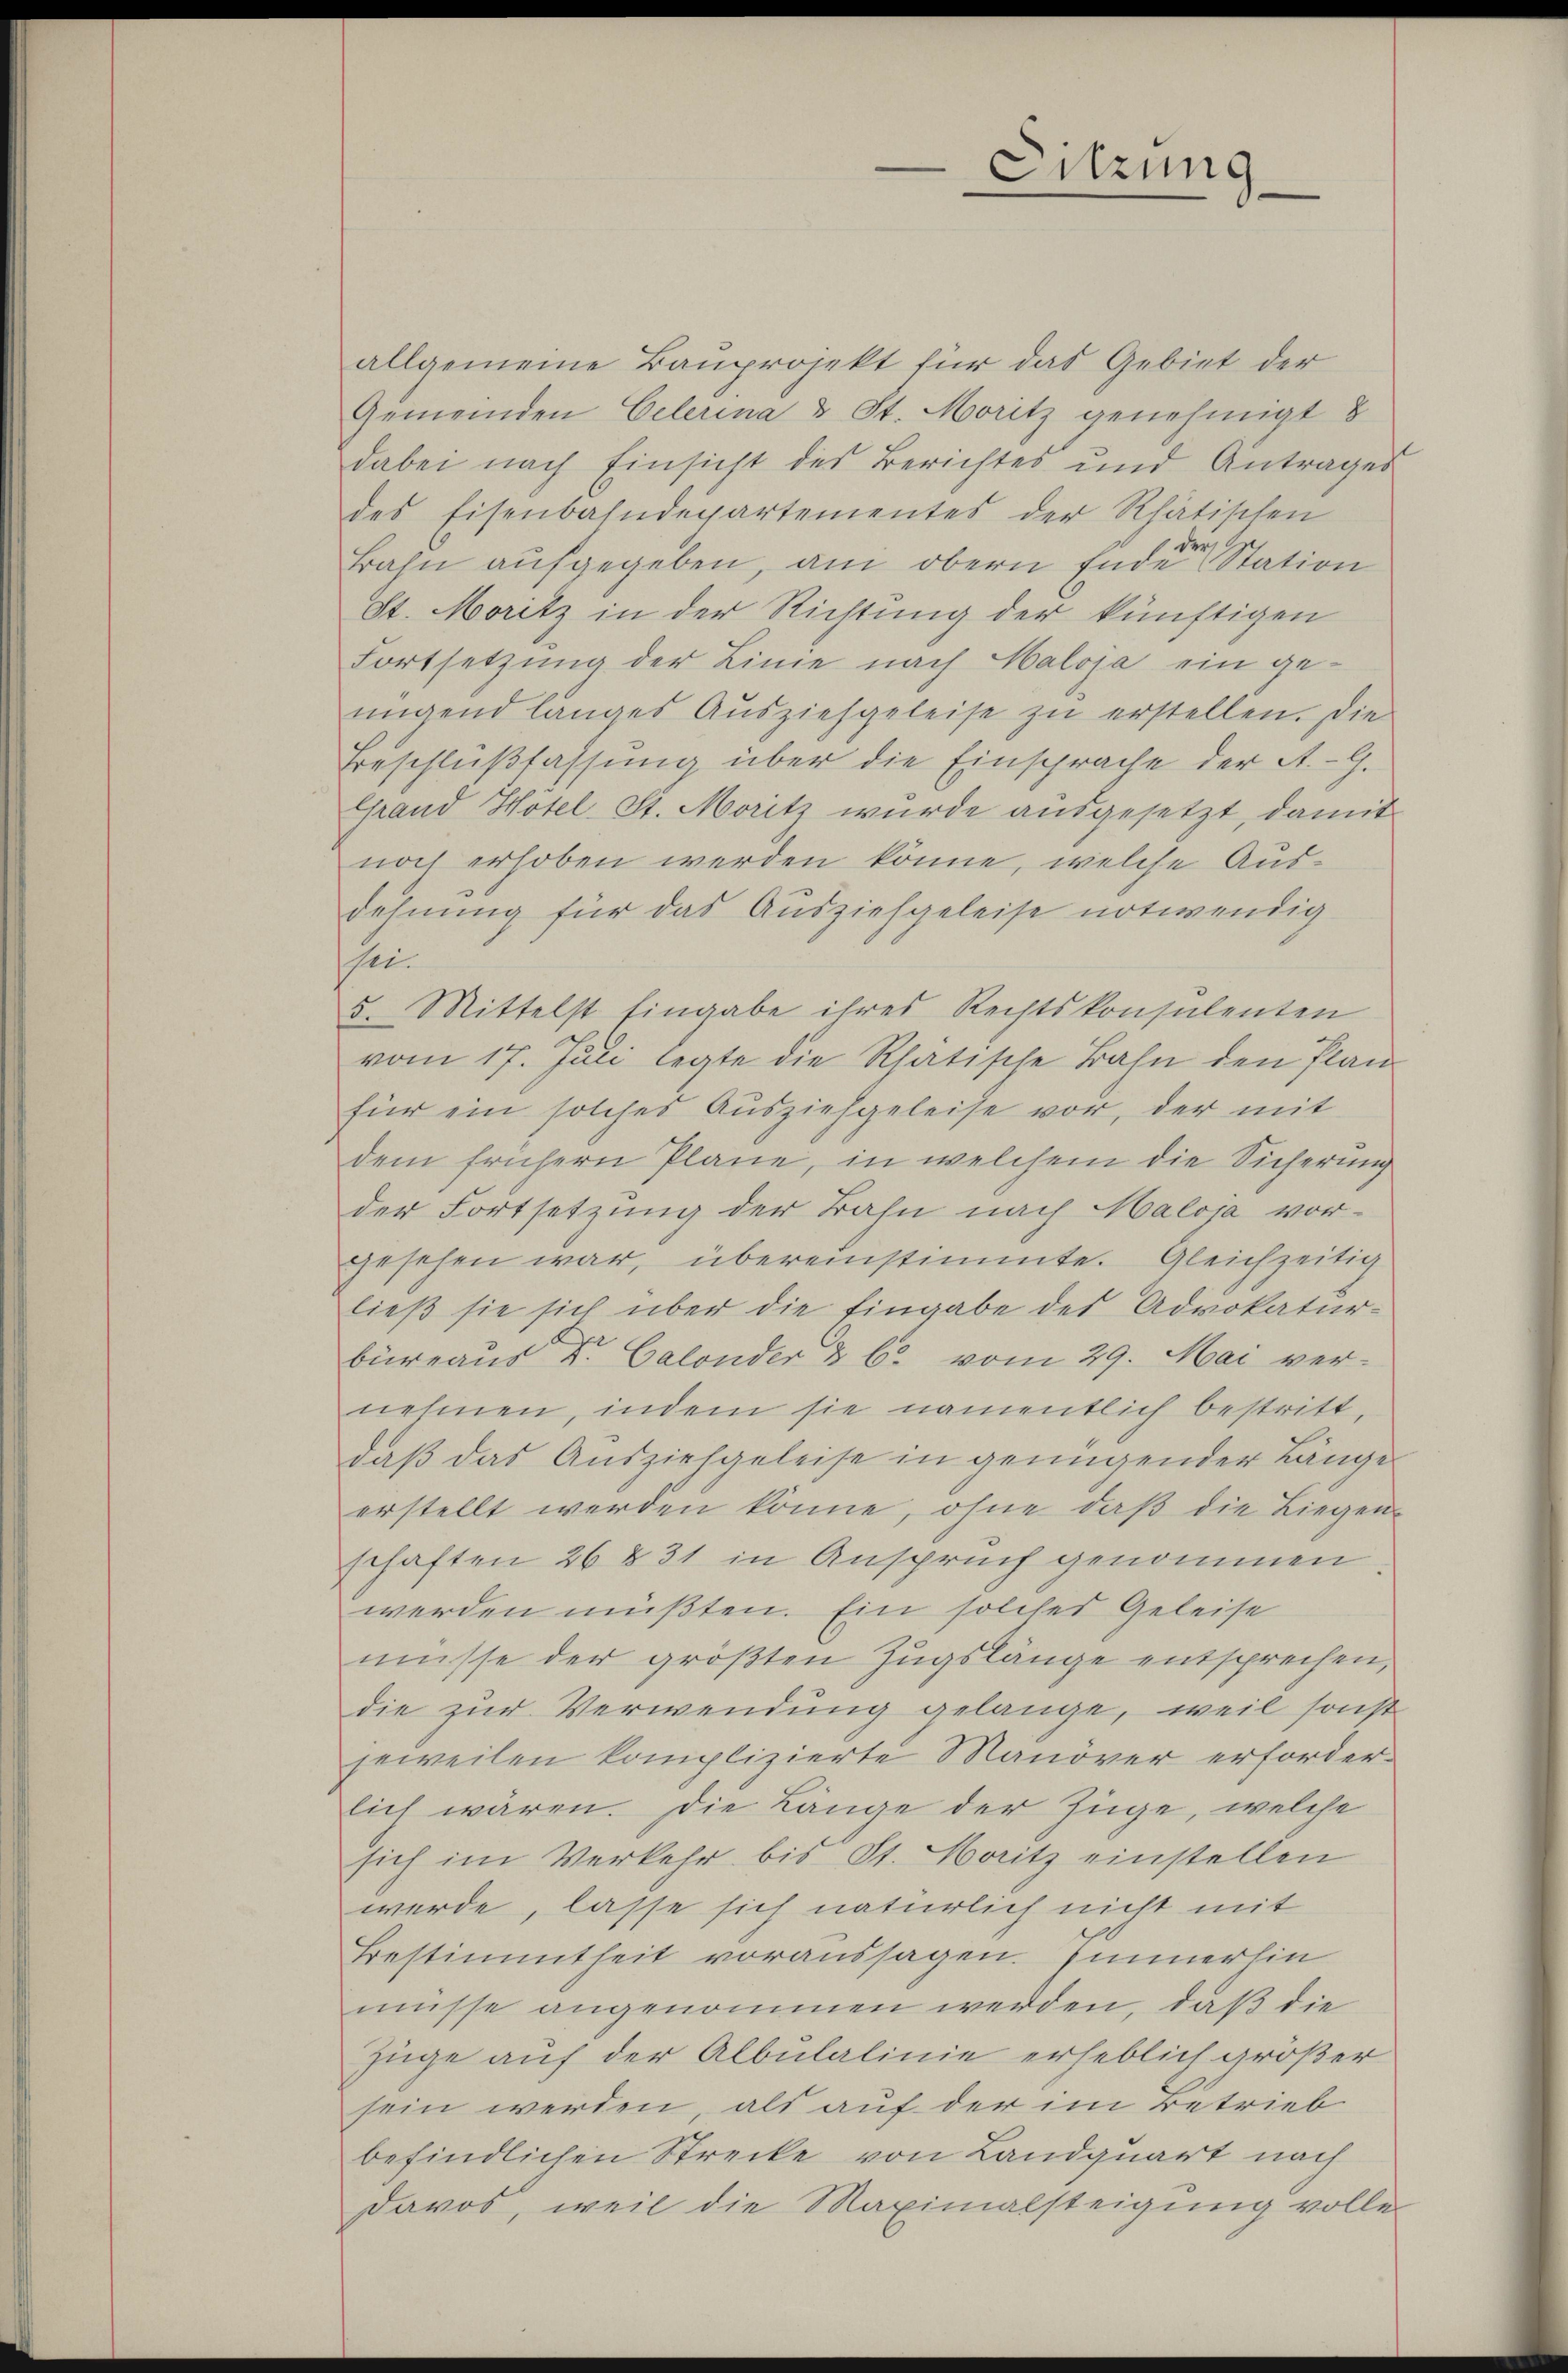
allgemeine Bauprojekt für das Gebiet der
Gemeinden Celerina u St. Moritz genehmigt 8
dabei nach Einsicht des Berichtes und Antrages
des Eisenbahndepartementes der Rhätischen
Bahn aufgegeben, am obern Ende Station
St. Moritz in der Richtung der künftigen
Fortsetzung der Linie nach Haloja ein geungend langes Aŭsziehgeleise zŭ erstellen. Die
Beschlußfassung über die Einsprache der A. G.
Grand Hotel St. Moritz wurde ausgesetzt, damit
noch erhoben werden könne, welche Ausdehnung für das Ausziehgeleise notwendig
sei¬
5. Mittelst Eingabe ihres Rechtskonsulenten
vom 17. Juli legte die Rhatische Bahn den Plan
für ein solches Ausziehgeleise vor, der mit
dem frühern Pläne, in welchem die Sicherung
der Fortsetzung der Bahn nach Maloja vor-
gesehen war, übereinstimmte. Gleichzeitig
ließ sie sich über die Eingabe des Advokatur-
büreaus Dr. Galonder & b. vom 29. Mai ver-
nehmen, indem sie namentlich bestritt.
daβ das Ausziehgeleise in genügender Länge
erstellt werden könne, ohne daß die Liegen-
schaften 26 § 31 in Anspruch genommen,
werden müßten. Ein solches Geleise
müsse der größten Zugslänge entsprechen,
die zur Verwendung gelange, weil sonst
jeweilen komplizierte Manöver erforderlich wären. Die Länge der Züge, welche
sich im Verkehr bis St. Moritz einstellen
werde, lasse sich natürlich nicht mit
Bestimmtheit voraussagen. Immerhin
müsse angenommen werden, daß die
Züge auf der Albulalinie erheblich größer
sein werden, als auf der im Betrieb
befindlichen Strecke von Landquart nach
Davos, weil die Maximalsteigung volle

Sitzung